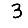
Digit: 3